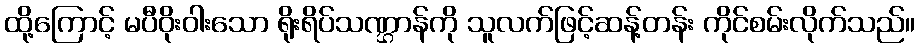
ထို့ကြောင့် မပီဝိုးဝါးသော ရိုးရိပ်သဏ္ဌာန်ကို သူလက်ဖြင့်ဆန့်တန်း ကိုင်စမ်းလိုက်သည်။